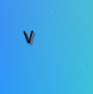
٧